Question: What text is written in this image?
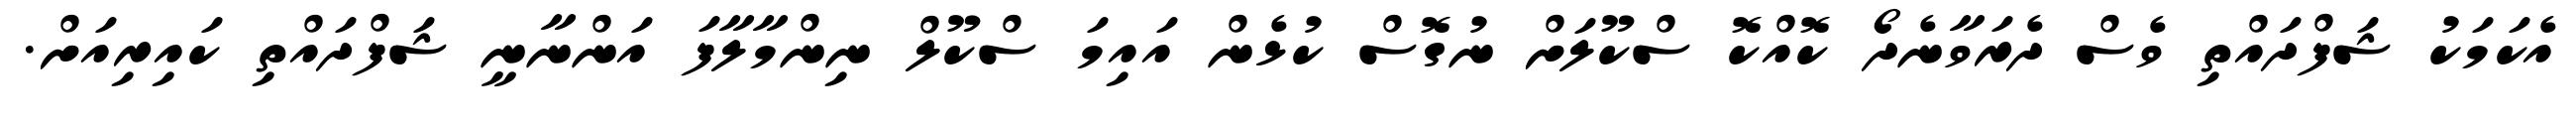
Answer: އެކަމަކު ޝަފްދައްތި ވެސް ދެރަވާނެދޯ ކޮއްކޮ ސްކޫލަށް ނުގޮސް ކުޅެން އައިމަ ސްކޫލް ނިންމާލާފަ އަންނާނީ ޝަފްދައްތި ކައިރިއަށް.